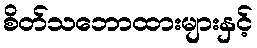
စိတ်သဘောထားများနှင့်